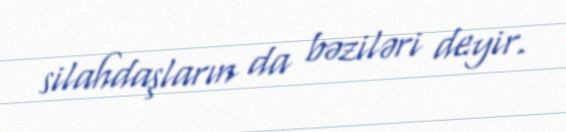
silahdaşların da bəziləri deyir.